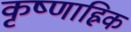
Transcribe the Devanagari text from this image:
कृष्णाह्रिक